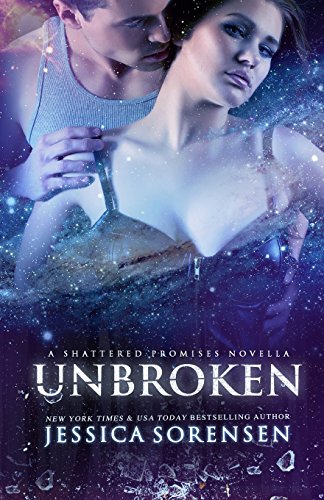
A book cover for Unbroken (Shattered Promises, #2.5) (Volume 2); Jessica Sorensen; Science Fiction & Fantasy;